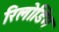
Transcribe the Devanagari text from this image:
रिलोडिंग